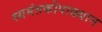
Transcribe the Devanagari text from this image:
स्यमंतकोपाख्यान